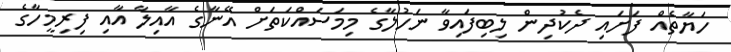
ހަޔާތެއް ފަށައި ދެކުދިން ލިބިފައިވާ ނަހުލާގެ މިމަސައްކަތަށް އޭނާގެ އާއިލާ އާއި ފިރިމީހާގެ